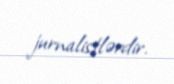
jurnalistlərdir.